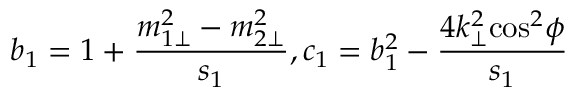
b _ { 1 } = 1 + \frac { m _ { 1 \bot } ^ { 2 } - m _ { 2 \bot } ^ { 2 } } { s _ { 1 } } , c _ { 1 } = b _ { 1 } ^ { 2 } - \frac { 4 { k } _ { \bot } ^ { 2 } { \cos } ^ { 2 } \phi } { s _ { 1 } }